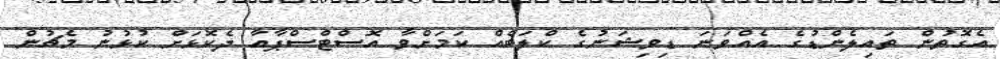
އެގޮތުން ތައިލެންޑުގެ އެއްވަނަ ޑިވިޝަނުގެ ކްލަބެއް ކަމަށްވާ އޮސްޓްސްޕާއާ ދެކޮޅަށް ކުޅުނު މެޗުން